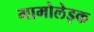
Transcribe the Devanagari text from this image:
गामोलेइक